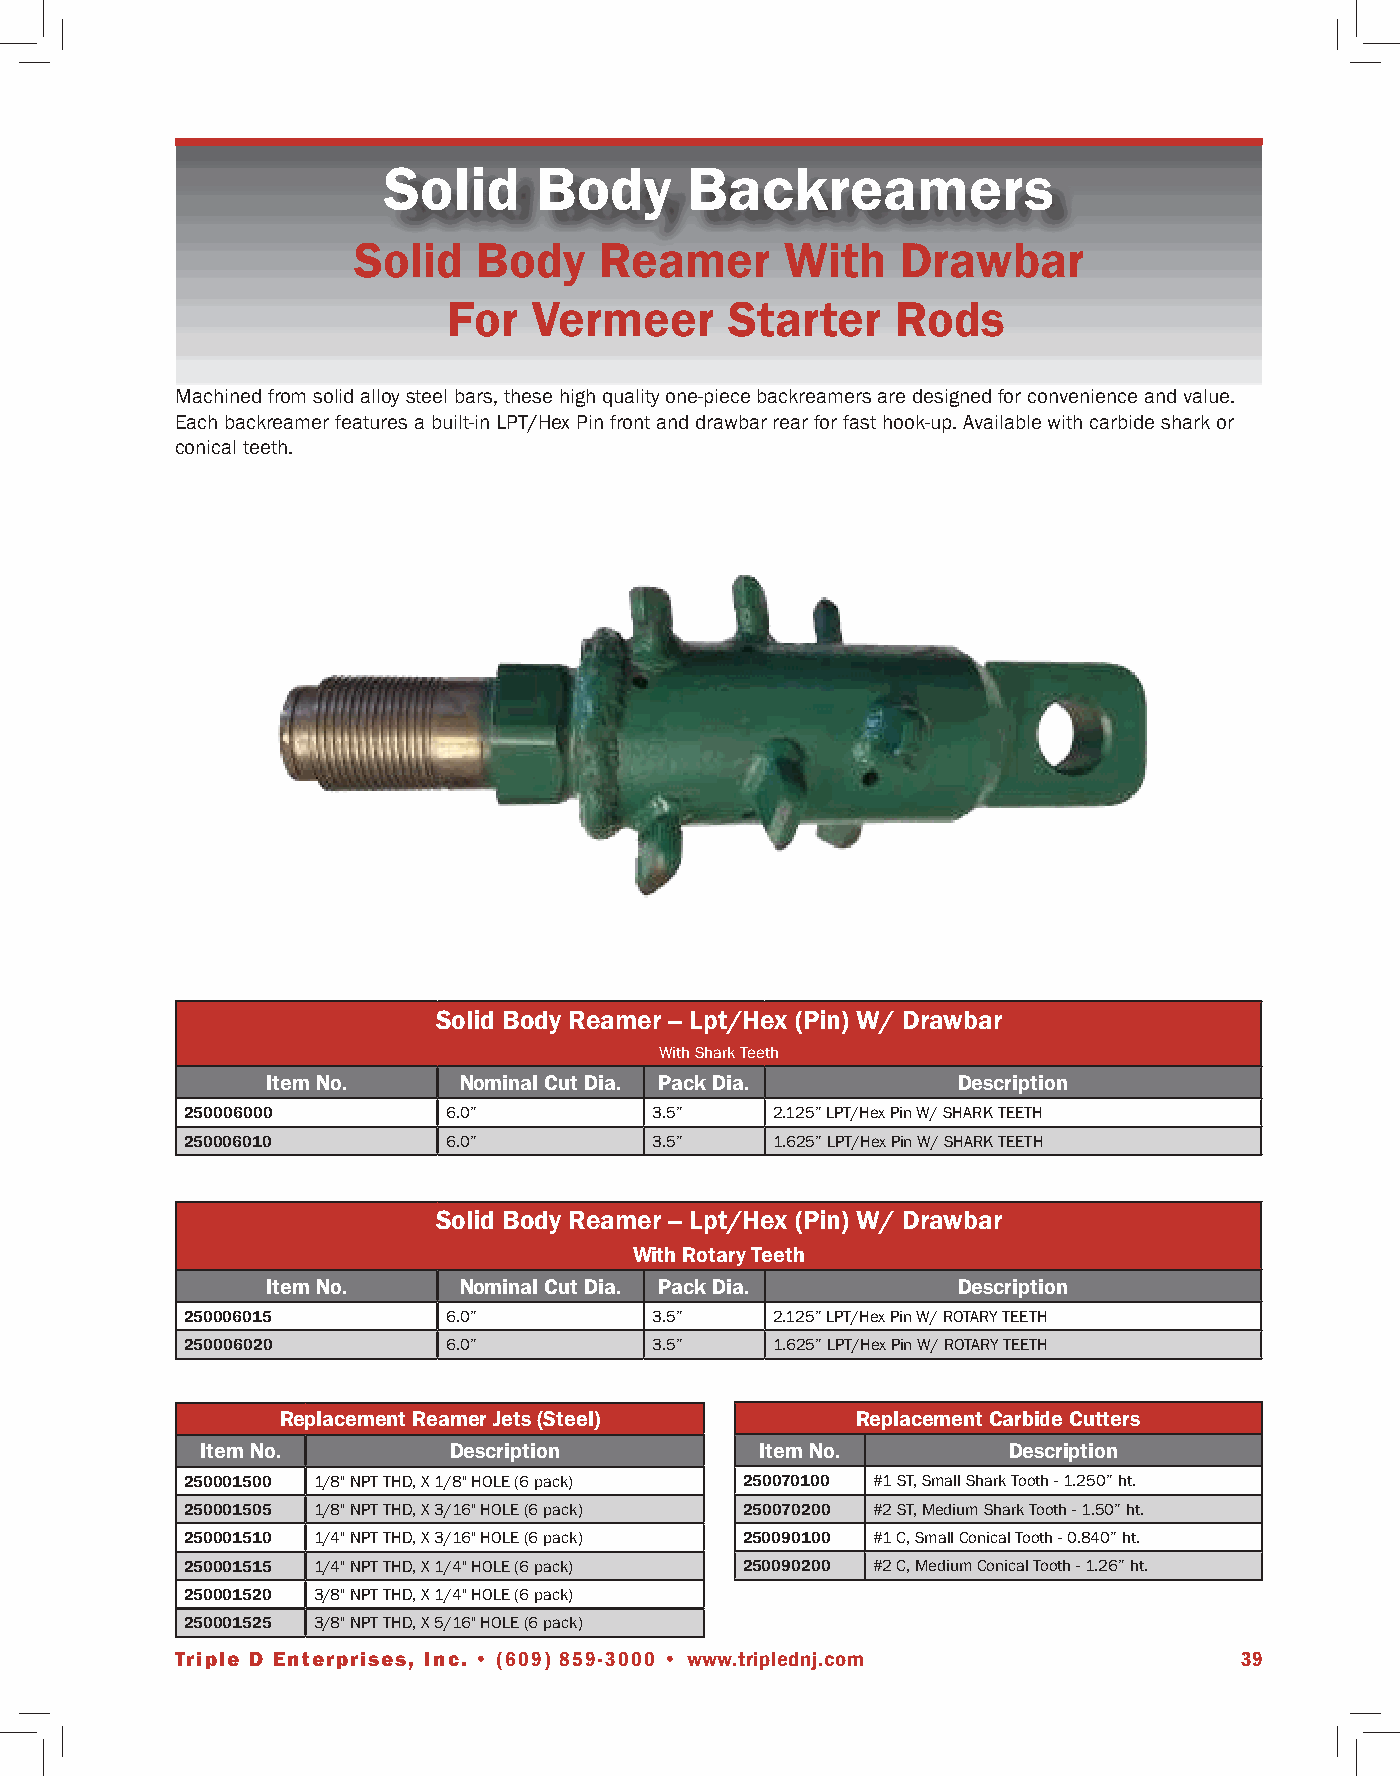
Solid     Body      Backreamers
 Solid    Body    Reamer      With    Drawbar
 For  Vermeer      Starter    Rods
 Machined from solid alloy steel bars, these high quality one-piece backreamers are designed for convenience and value.
 Each backreamer features a built-in LPT/Hex Pin front and drawbar rear for fast hook-up. Available with carbide shark or
 conical teeth.
 Solid Body Reamer -- Lpt/Hex (Pin) W/ Drawbar
 With Shark Teeth
 Item No.    Nominal Cut Dia. Pack Dia.       Description
 250006000         6.0”         3.5”    2.125” LPT/Hex Pin W/ SHARK TEETH
 250006010         6.0”         3.5”    1.625” LPT/Hex Pin W/ SHARK TEETH
 Solid Body Reamer -- Lpt/Hex (Pin) W/ Drawbar
 With Rotary Teeth
 Item No.    Nominal Cut Dia. Pack Dia.       Description
 250006015         6.0”         3.5”    2.125” LPT/Hex Pin W/ ROTARY TEETH
 250006020         6.0”         3.5”    1.625” LPT/Hex Pin W/ ROTARY TEETH
 Replacement Reamer Jets (Steel)       Replacement Carbide Cutters
 Item No.         Description         Item No.         Description
 250001500 1/8" NPT THD, X 1/8" HOLE (6 pack) 250070100 #1 ST, Small Shark Tooth - 1.250” ht.
 250001505 1/8" NPT THD, X 3/16" HOLE (6 pack) 250070200 #2 ST, Medium Shark Tooth - 1.50” ht.
 250001510 1/4" NPT THD, X 3/16" HOLE (6 pack) 250090100 #1 C, Small Conical Tooth - 0.840” ht.
 250001515 1/4" NPT THD, X 1/4" HOLE (6 pack) 250090200 #2 C, Medium Conical Tooth - 1.26” ht.
 250001520 3/8" NPT THD, X 1/4" HOLE (6 pack)
 250001525 3/8" NPT THD, X 5/16" HOLE (6 pack)
 Triple D Enterprises, Inc. • (609) 859-3000 • www.triplednj.com       39